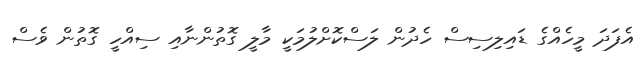
އެފަދަ މީހެއްގެ ޑައިލިސިސް ހެދުން ލަސްކޮށްލުމަކީ މާލީ ގޮތުންނާއި ސިއްހީ ގޮތުން ވެސް